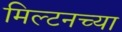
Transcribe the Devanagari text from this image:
मिल्टनच्या